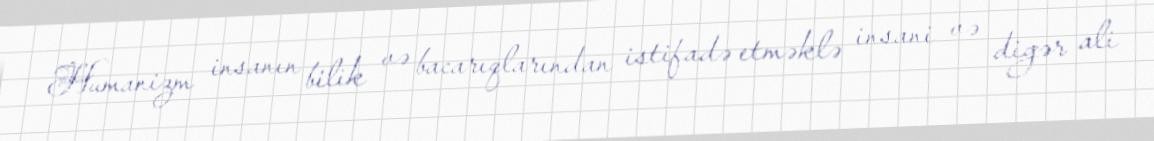
Humanizm insanın bilik və bacarıqlarından istifadə etməklə insani və digər ali